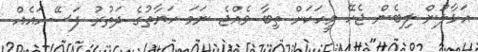
އަޅާލުން ލިބެން ޖެހޭ މީހަކަށް ތިބާ ވެއްޖެ ނަމަ ހަޔާތުގެ ދަތުރު ފަސޭހައެއް